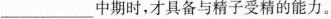
_________中期时，才具备与精子受精的能力。